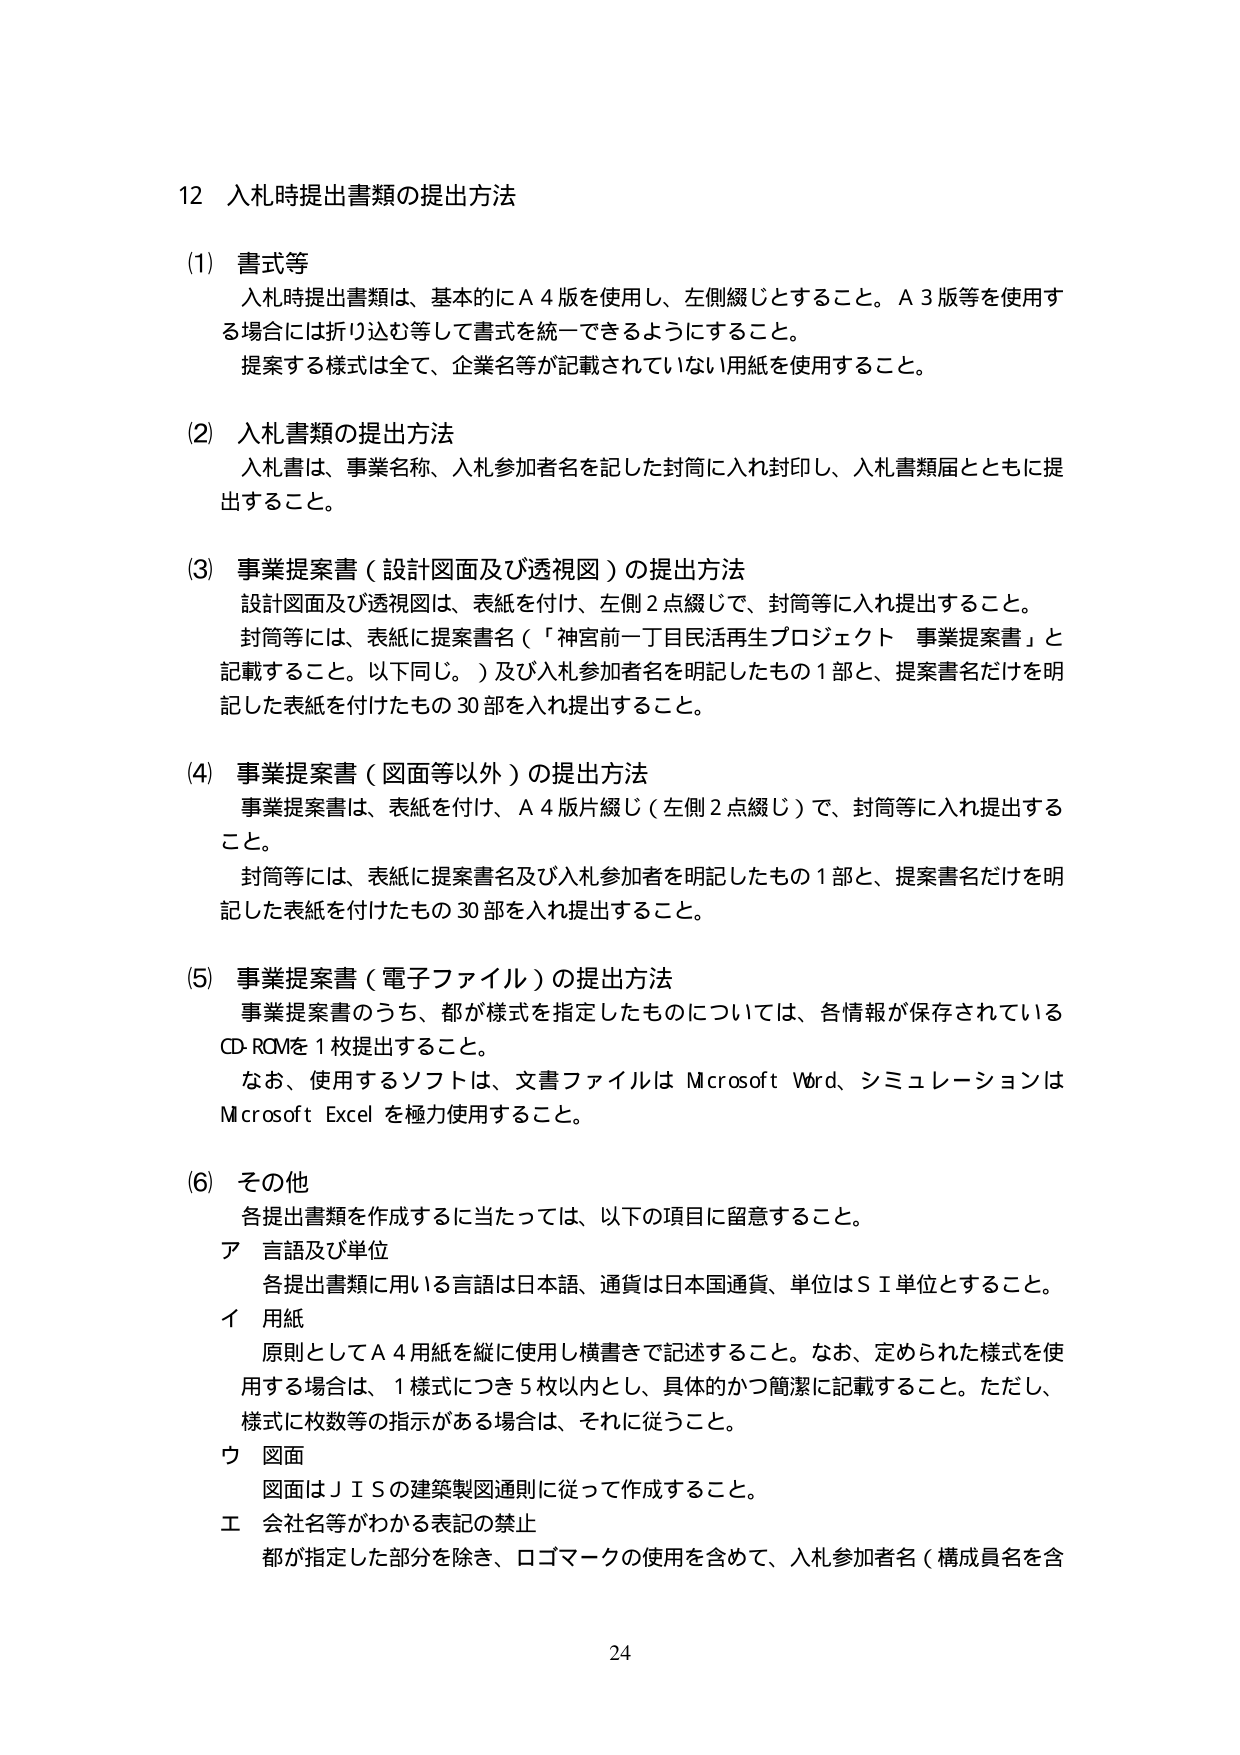
12 入札時提出書類の提出方法

(1) 書式等
入札時提出書類は、基本的にA4版を使用し、左側綴じとすること。A3版等を使用する場合には折り込む等して書式を統一できるようにすること。
提案する様式は全て、企業名等が記載されていない用紙を使用すること。

(2) 入札書類の提出方法
入札書は、事業名称、入札参加者名を記した封筒に入れ封印し、入札書類届とともに提出すること。

(3) 事業提案書（設計図面及び透視図）の提出方法
設計図面及び透視図は、表紙を付け、左側2点綴じで、封筒等に入れ提出すること。
封筒等には、表紙に提案書名（「神宮前一丁目民活再生プロジェクト 事業提案書」と記載すること。以下同じ。）及び入札参加者名を明記したもの1部と、提案書名だけを明記した表紙を付けたもの30部を入れ提出すること。

(4) 事業提案書（図面等以外）の提出方法
事業提案書は、表紙を付け、A4版片綴じ（左側2点綴じ）で、封筒等に入れ提出すること。
封筒等には、表紙に提案書名及び入札参加者を明記したもの1部と、提案書名だけを明記した表紙を付けたもの30部を入れ提出すること。

(5) 事業提案書（電子ファイル）の提出方法
事業提案書のうち、都が様式を指定したものについては、各情報が保存されているCD-ROMを1枚提出すること。
なお、使用するソフトは、文書ファイルはMicrosoft Word、シミュレーションはMicrosoft Excelを極力使用すること。

(6) その他
各提出書類を作成するに当たっては、以下の項目に留意すること。
ア 言語及び単位
各提出書類に用いる言語は日本語、通貨は日本国通貨、単位はSI単位とすること。
イ 用紙
原則としてA4用紙を縦に使用し横書きで記述すること。なお、定められた様式を使用する場合は、1様式につき5枚以内とし、具体的かつ簡潔に記載すること。ただし、様式に枚数等の指示がある場合は、それに従うこと。
ウ 図面
図面はJISの建築製図通則に従って作成すること。
エ 会社名等がわかる表記の禁止
都が指定した部分を除き、ロゴマークの使用を含めて、入札参加者名（構成員名を含

24